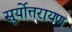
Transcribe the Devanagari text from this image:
सूर्योत्तरायण